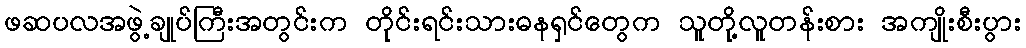
ဖဆပလအဖွဲ့ချုပ်ကြီးအတွင်းက တိုင်းရင်းသားဓနရှင်တွေက သူတို့လူတန်းစား အကျိုးစီးပွား